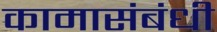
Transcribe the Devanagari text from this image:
कामासंबंधी